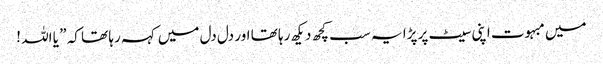
میں مبہوت اپنی سیٹ پر پڑا یہ سب کچھ دیکھ رہا تھا اور دل دل میں کہہ رہا تھا کہ ” یا اللہ !